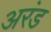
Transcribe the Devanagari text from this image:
अरंड